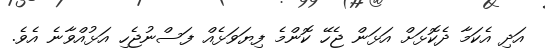
އަދި އެކަމާ ދެކޮޅަށް އަޅަން ޖެހޭ ކޮންމެ ފިޔަވަޅެއް ފަސްނުޖެހި އަޅުއްވާނެ އެވެ.